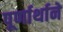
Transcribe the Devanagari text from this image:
पूर्णार्थाने